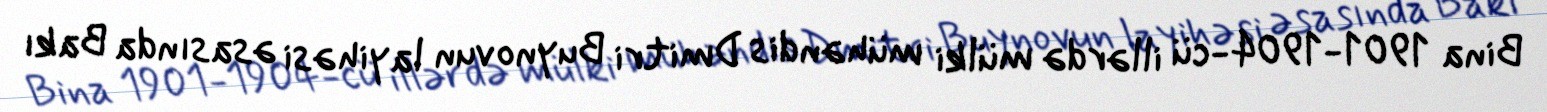
Bina 1901-1904-cü illərdə mülki mühəndis Dmitri Buynovun layihəsi əsasında Bakı